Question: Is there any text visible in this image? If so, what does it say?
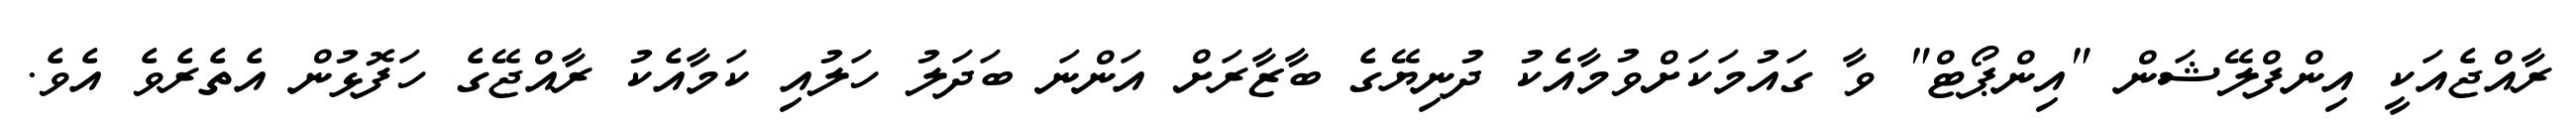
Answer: ރާއްޖެއަކީ އިންފްލޭޝަން "އިންޕޯޓް" ވާ ގައުމަކަށްވުމާއެކު ދުނިޔޭގެ ބާޒާރަށް އަންނަ ބަދަލު ހަލުއި ކަމާއެކު ރާއްޖޭގެ ހަފޮޅުން އެތެރެވެ އެވެ.